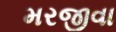
મરજીવા